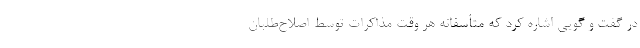
در گفت و گویی اشاره کرد که متأسفانه هر وقت مذاکرات توسط اصلاح‌طلبان